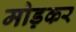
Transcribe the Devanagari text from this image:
मोड़़कर